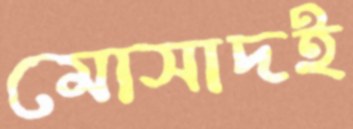
মোসাদই